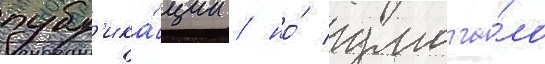
публ'ика́ции / но́ умолча́ло